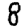
Digit: 8